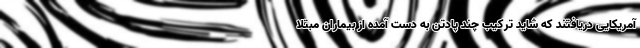
آمریکایی دریافتند که شاید ترکیب چند پادتن به دست آمده از بیماران مبتلا